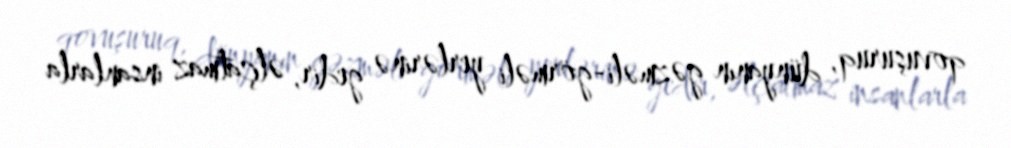
qovuşuruq, dünyanın gəzməli-görməli yerlərinə gedir, əlçatmaz insanlarla